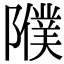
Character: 𨽂